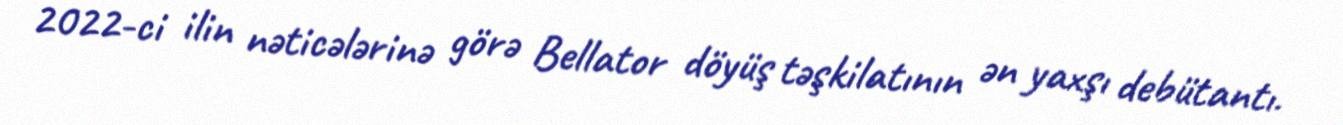
2022-ci ilin nəticələrinə görə Bellator döyüş təşkilatının ən yaxşı debütantı.